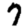
Digit: 7